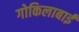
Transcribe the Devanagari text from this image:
गोकिलाबाई